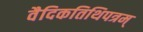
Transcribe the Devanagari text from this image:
वैदिकतिथिपत्रम्